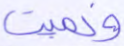
ونميت